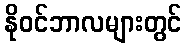
နိုဝင်ဘာလများတွင်